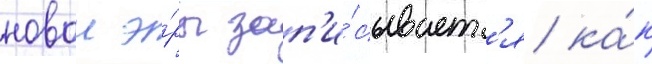
новои э́ры зап'и́сываетс'я ка́к